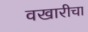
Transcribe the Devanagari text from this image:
वखारीचा